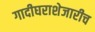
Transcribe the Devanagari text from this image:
गादीघराशेजारीच